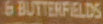
6 BUTTERFIELDS